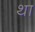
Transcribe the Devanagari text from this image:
था